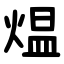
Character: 煴